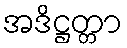
အဒိဋ္ဌတ္တာ